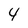
Character: 4